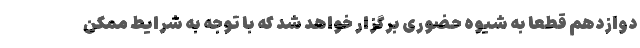
دوازدهم قطعاً به شیوه حضوری برگزار خواهد شد که با توجه به شرایط ممکن